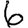
Digit: 6